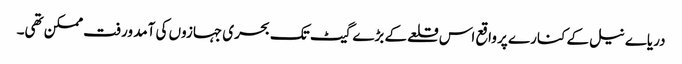
دریاے نیل کے کنارے پر واقع اس قلعے کے بڑے گیٹ تک بحری جہازوں کی آمد ورفت ممکن تھی۔